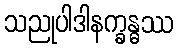
သညုပါဒါနက္ခန္ဓဿ